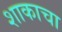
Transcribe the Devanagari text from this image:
शाकाचा